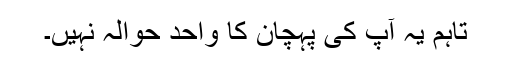
تاہم یہ آپ کی پہچان کا واحد حوالہ نہیں۔